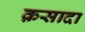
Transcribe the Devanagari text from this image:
क़सादा